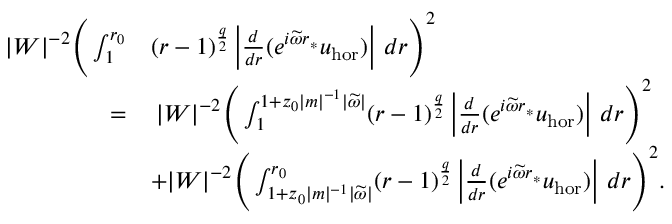
\begin{array} { r l } { | W | ^ { - 2 } \Bigg ( \int _ { 1 } ^ { r _ { 0 } } } & { ( r - 1 ) ^ { \frac { q } { 2 } } \left| \frac { d } { d r } ( e ^ { i \widetilde { \omega } r _ { * } } { u } _ { \mathrm { h o r } } ) \right| \, d r \Bigg ) ^ { 2 } } \\ { = } & { \: | W | ^ { - 2 } \Bigg ( \int _ { 1 } ^ { 1 + z _ { 0 } | m | ^ { - 1 } | \widetilde { \omega } | } ( r - 1 ) ^ { \frac { q } { 2 } } \left| \frac { d } { d r } ( e ^ { i \widetilde { \omega } r _ { * } } { u } _ { \mathrm { h o r } } ) \right| \, d r \Bigg ) ^ { 2 } } \\ & { + | W | ^ { - 2 } \Bigg ( \int _ { 1 + z _ { 0 } | m | ^ { - 1 } | \widetilde { \omega } | } ^ { r _ { 0 } } ( r - 1 ) ^ { \frac { q } { 2 } } \left| \frac { d } { d r } ( e ^ { i \widetilde { \omega } r _ { * } } u _ { \mathrm { h o r } } ) \right| \, d r \Bigg ) ^ { 2 } . } \end{array}